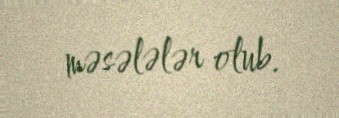
məsələlər olub.